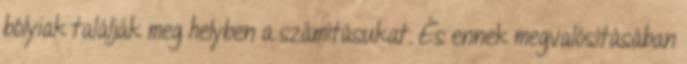
bólyiak találják meg helyben a számításukat. És ennek megvalósításában